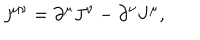
LaTeX: j ^ { \mu \nu } = \partial ^ { \mu } J ^ { \nu } - \partial ^ { \nu } J ^ { \mu } ,